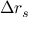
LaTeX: \Delta r _ { s }